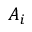
A _ { i }